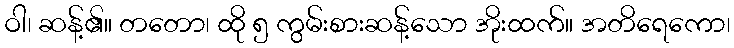
ဝါ၊ ဆန့်၏။ တတော၊ ထို ၅ ကွမ်းစားဆန့်သော အိုးထက်။ အတိရေကော၊